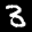
Label: 3